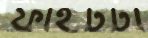
ফাইটটা